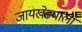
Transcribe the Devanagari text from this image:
जायखेड्याला